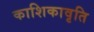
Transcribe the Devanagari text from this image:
काशिकावृति